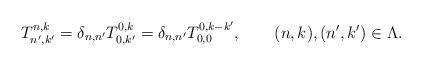
LaTeX: \begin{align*}T^{n,k}_{n',k'}=\delta_{n,n'}T^{0,k}_{0,k'}=\delta_{n,n'}T^{0,k-k'}_{0,0},\qquad(n,k),(n',k')\in\Lambda.\end{align*}